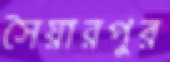
সৈয়ারপুর